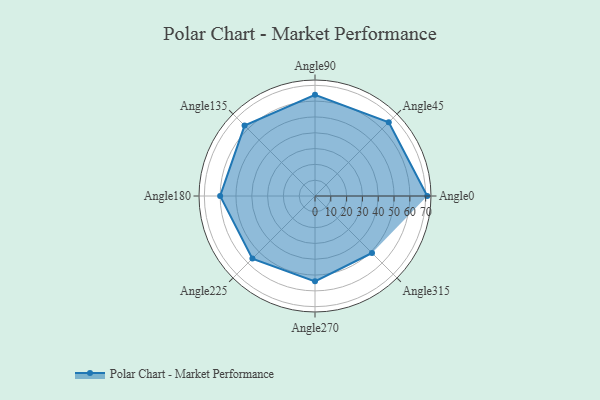
{"axis": {"x": "Angle", "y": "Radius"}, "legend": [""], "data": [{"x": "Angle0", "y": 71.0, "type": ""}, {"x": "Angle45", "y": 66.0, "type": ""}, {"x": "Angle90", "y": 64.0, "type": ""}, {"x": "Angle135", "y": 63.0, "type": ""}, {"x": "Angle180", "y": 60.0, "type": ""}, {"x": "Angle225", "y": 56.0, "type": ""}, {"x": "Angle270", "y": 54.0, "type": ""}, {"x": "Angle315", "y": 51.0, "type": ""}]}